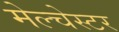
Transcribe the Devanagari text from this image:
मेल्चेस्टर